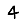
Digit: 4